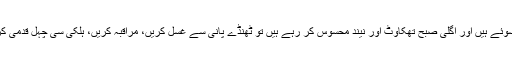
اگر آپ رات میں بے سکون نیند سوئے ہیں اور اگلی صبح تھکاوٹ اور نیند محسوس کر رہے ہیں تو ٹھنڈے پانی سے غسل کریں، مراقبہ کریں، ہلکی سی چہل قدمی کریں اور ایک بھرپور ناشتہ کریں۔